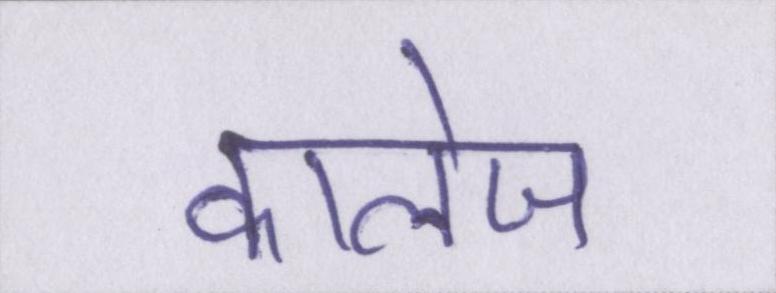
कालेज